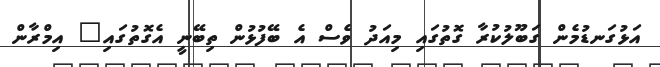
އަޅުގަނޑުމެން ގަބޫލުކުރާ ގޮތުގައި މިއަދު ވެސް އެ ބޭފުޅުން ތިބޭނީ އެގޮތުގައި" އިމްރާން